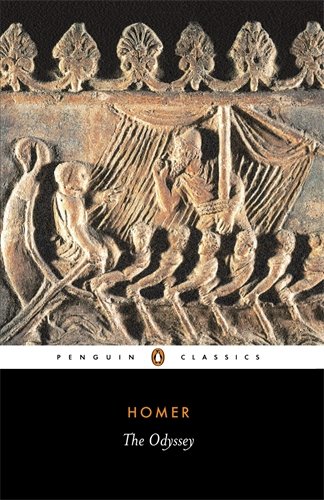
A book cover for The Odyssey (Penguin Classics); Homer; Literature & Fiction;